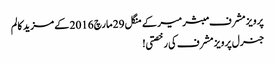
پرویز مشرف مبشر میر کے منگل 29 مارچ 2016 کے مزید کالم
جنرل پرویز مشرف کی رخصتی!